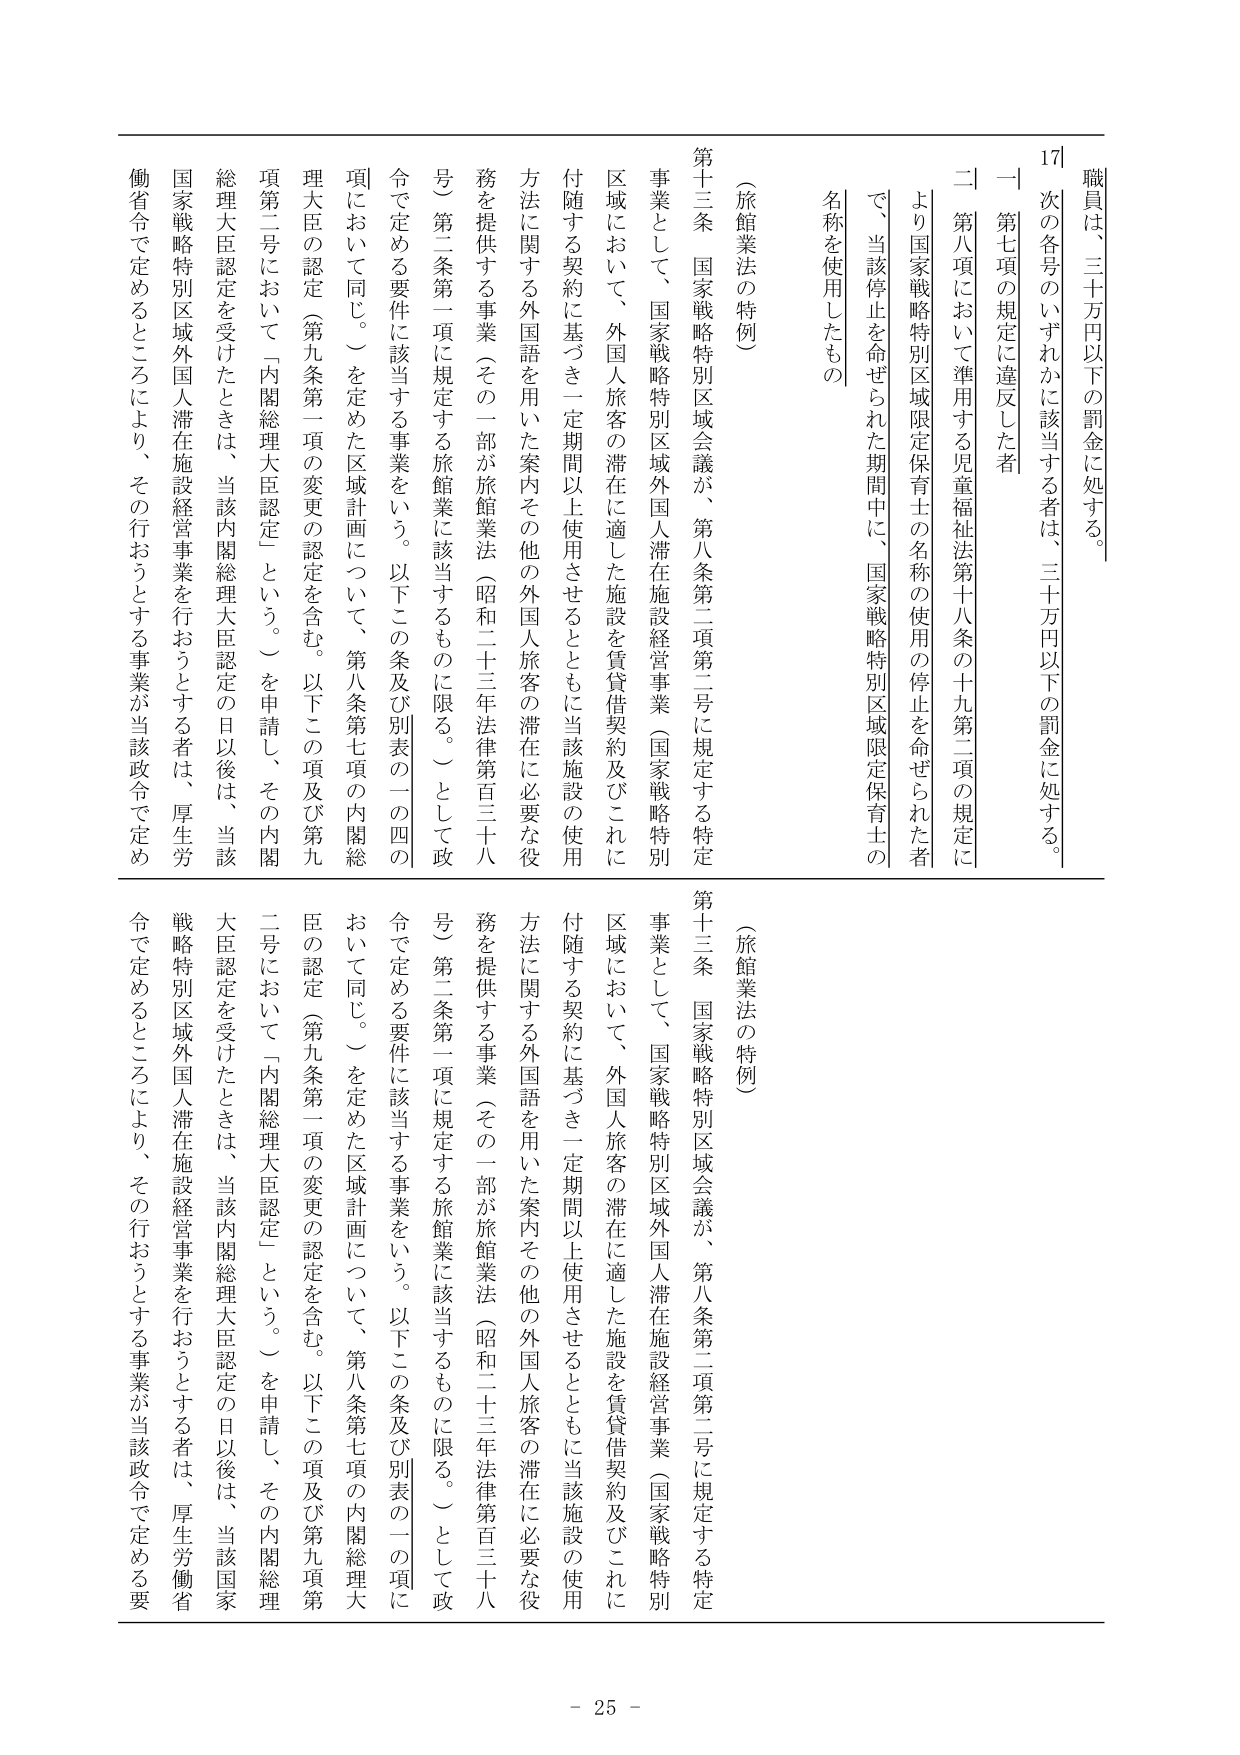
職員は、三十万円以下の罰金に処する。

次に各号のいずれかに該当する者は、三十万円以下の罰金に処する。

一 第七項の規定に違反した者

二 第八項において準用する児童福祉法第十八条の十九第二項の規定により国家戦略特別区域限定保育士の名称の使用の停止を命ぜられた者で、当該停止を命ぜられた期間中に、国家戦略特別区域限定保育士の名称を使用したもの

（旅館業法の特例）

第十三条 国家戦略特別区域会議が、第八条第二項第二号に規定する特定事業として、国家戦略特別区域外国人滞在施設経営事業（国家戦略特別区域において、外国人旅客の滞在に適した施設を賃貸借契約及びこれに付随する契約に基づき一定期間以上使用させるとともに当該施設の使用方法に関する外国語を用いた案内その他の外国人旅客の滞在に必要な役務を提供する事業（その一部が旅館業法（昭和二十三年法律第百三十八号）第二条第一項に規定する旅館業に該当するものに限る。）として政令で定める要件に該当する事業をいう。以下この条及び別表の一の四の項において同じ。）を定めた区域計画について、第八条第七項の内閣総理大臣の認定（第九条第一項の変更の認定を含む。以下この項及び第九項第二号において「内閣総理大臣認定」という。）を申請し、その内閣総理大臣認定を受けたときは、当該内閣総理大臣認定の日以後は、当該国家戦略特別区域外国人滞在施設経営事業を行おうとする者は、厚生労働省令で定めるところにより、その行おうとする事業が当該政令で定める要

（旅館業法の特例）

第十三条 国家戦略特別区域会議が、第八条第二項第二号に規定する特定事業として、国家戦略特別区域外国人滞在施設経営事業（国家戦略特別区域において、外国人旅客の滞在に適した施設を賃貸借契約及びこれに付随する契約に基づき一定期間以上使用させるとともに当該施設の使用方法に関する外国語を用いた案内その他の外国人旅客の滞在に必要な役務を提供する事業（その一部が旅館業法（昭和二十三年法律第百三十八号）第二条第一項に規定する旅館業に該当するものに限る。）として政令で定める要件に該当する事業をいう。以下この条及び別表の一の項において同じ。）を定めた区域計画について、第八条第七項の内閣総理大臣の認定（第九条第一項の変更の認定を含む。以下この項及び第九項第二号において「内閣総理大臣認定」という。）を申請し、その内閣総理大臣認定を受けたときは、当該内閣総理大臣認定の日以後は、当該国家戦略特別区域外国人滞在施設経営事業を行おうとする者は、厚生労働省令で定めるところにより、その行おうとする事業が当該政令で定める要

- 25 -